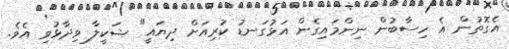
އެގޮތުން އެ ހިސާބުން ނިންމައިގެން އަޅުގަނޑު ކުރިއަށް ދިޔައީ" ޝަކީލާ ވިދާޅުވި އެެވެ.